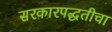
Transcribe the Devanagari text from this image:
सरकारपद्धतीचा